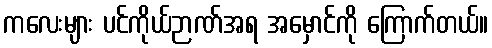
ကလေးများ ပင်ကိုယ်ဉာဏ်အရ အမှောင်ကို ကြောက်တယ်။